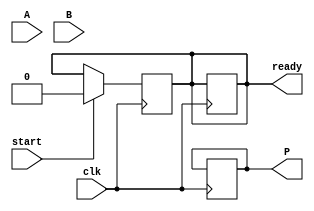
module multi_precision_wallace_tree_multiplier #(parameter N = 8) (
    input  wire [N-1:0] A,    // Input A
    input  wire [N-1:0] B,    // Input B
    input  wire clk,           // Clock signal
    input  wire start,         // start signal for multiplication
    output reg [2*N-1:0] P,    // Product output
    output reg ready           // ready signal
);
    
    // Internal signals
    reg [2*N-1:0] partial_products [0:N-1]; // Array to hold partial products
    reg [2*N-1:0] sum [0:N-1];              // Array for sums at each stage
    reg [N:0] carry [0:N-1];                 // Carry bits storage
    reg [2*N-1:0] temp_sum, temp_carry;
    integer i, j;

    // Generate partial products
    always @(posedge clk) begin
        if (start) begin
            for (i = 0; i < N; i = i + 1) begin
                partial_products[i] <= A & { {N{i}}, B[i] }; // AND each bit
            end
            ready <= 0; // Reset ready signal
        end
    end

    // Wallace Tree reduction
    always @(posedge clk) begin
        if (!ready) begin
            // Stage reduction using half and full adders
            for (i = 0; i < N-1; i = i + 1) begin
                if (i % 2 == 0) begin
                    {carry[i/2], sum[i/2]} <= partial_products[i] + partial_products[i + 1];
                end else begin
                    sum[i/2] <= sum[i/2] + partial_products[i];
                end
            end
            
            // Continue reduction until one output remains
            // Convert sum array to final product
            if (i == N) begin
                P <= sum[0];
                ready <= 1; // Signal that multiplication is complete
            end
        end
    end

endmodule